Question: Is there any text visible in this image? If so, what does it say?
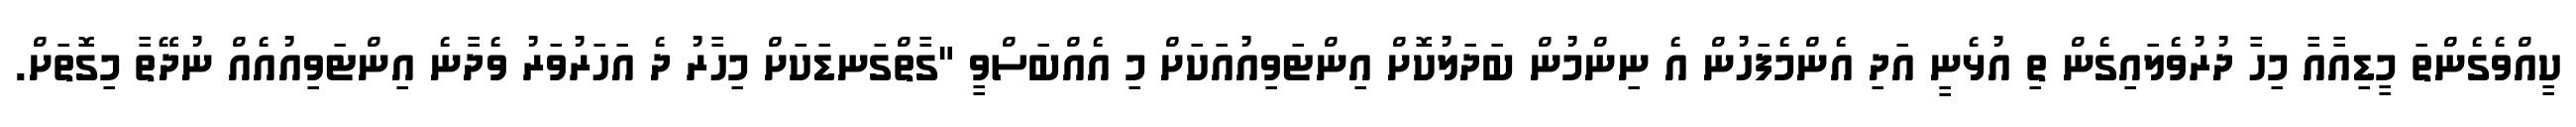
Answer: ކީއްވެގެންތަ މީޑިއާއާ މިހާ ދުރުވެލައިގެން ތި އުޅެނީ އަދި އެންމެފަހުން އެ ނިންމުން ބަދަލުކޮށް އިންޓަވިއުއަކަށް މި އެއްބަސްވީ "ގާތްގަނޑަކަށް މިހާރު ދެ އަހަރުވަރު ވެދާނެ އިންޓަވިއުއެއް ނުދޭތާ މިގޮތަށް.